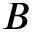
B